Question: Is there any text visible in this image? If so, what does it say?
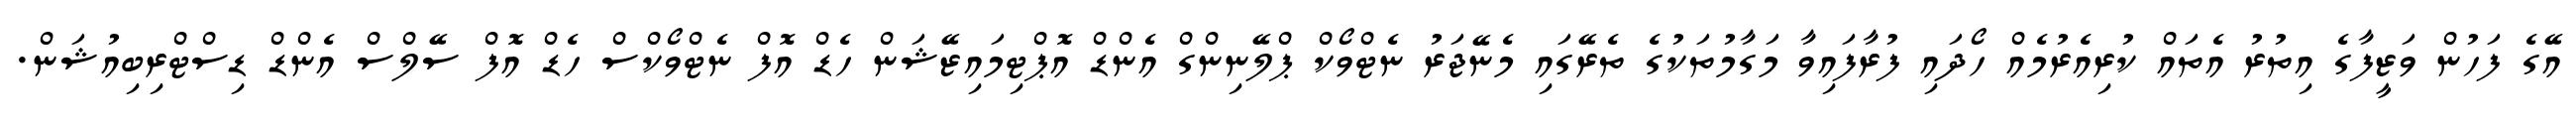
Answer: އޭގެ ފަހުން ވަޒީފާގެ އިތުރު އެތައް ކުރިއެރުމެއް ހޯދައި ފުރާފައިވާ މަގާމުތަކުގެ ތެރޭގައި މެނޭޖަރު ނެޓްވޯކް ޕްލޭނިންގް އެންޑް އޮޕްޓިމައިޒޭޝަން ހެޑް އޮފް ނެޓްވޯކްސް ހެޑް އޮފް ސޭލްސް އެންޑް ޑިސްޓްރިބިއުޝަން.